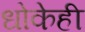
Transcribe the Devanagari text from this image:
धोकेही